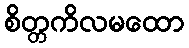
စိတ္တကိလမထော